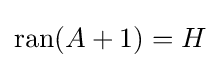
\operatorname {ran} (A+1)=H